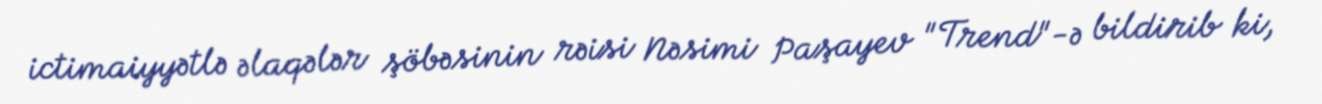
ictimaiyyətlə əlaqələr şöbəsinin rəisi Nəsimi Paşayev "Trend"-ə bildirib ki,